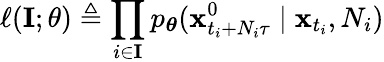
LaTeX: \ell(\mathbf{I};\theta)\triangleq\prod_{i\in\mathbf{I}}p_{\boldsymbol\theta}(\mathbf{x}_{t_{i}+N_{i}\tau}^{0}\mid\mathbf{x}_{t_{i}},N_{i})